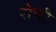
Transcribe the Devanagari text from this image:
रोची